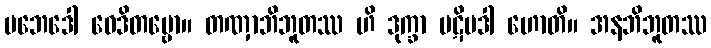
ပဘေဒေါ ဝေဒိတဗ္ဗော။ တဏှာဘိဘူတဿ ဟိ ဒုက္ခာ ပဋိပဒါ ဟောတိ။ အနဘိဘူတဿ